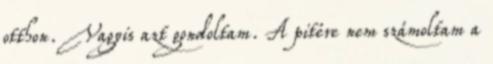
otthon. Vagyis azt gondoltam. A pitére nem számoltam a